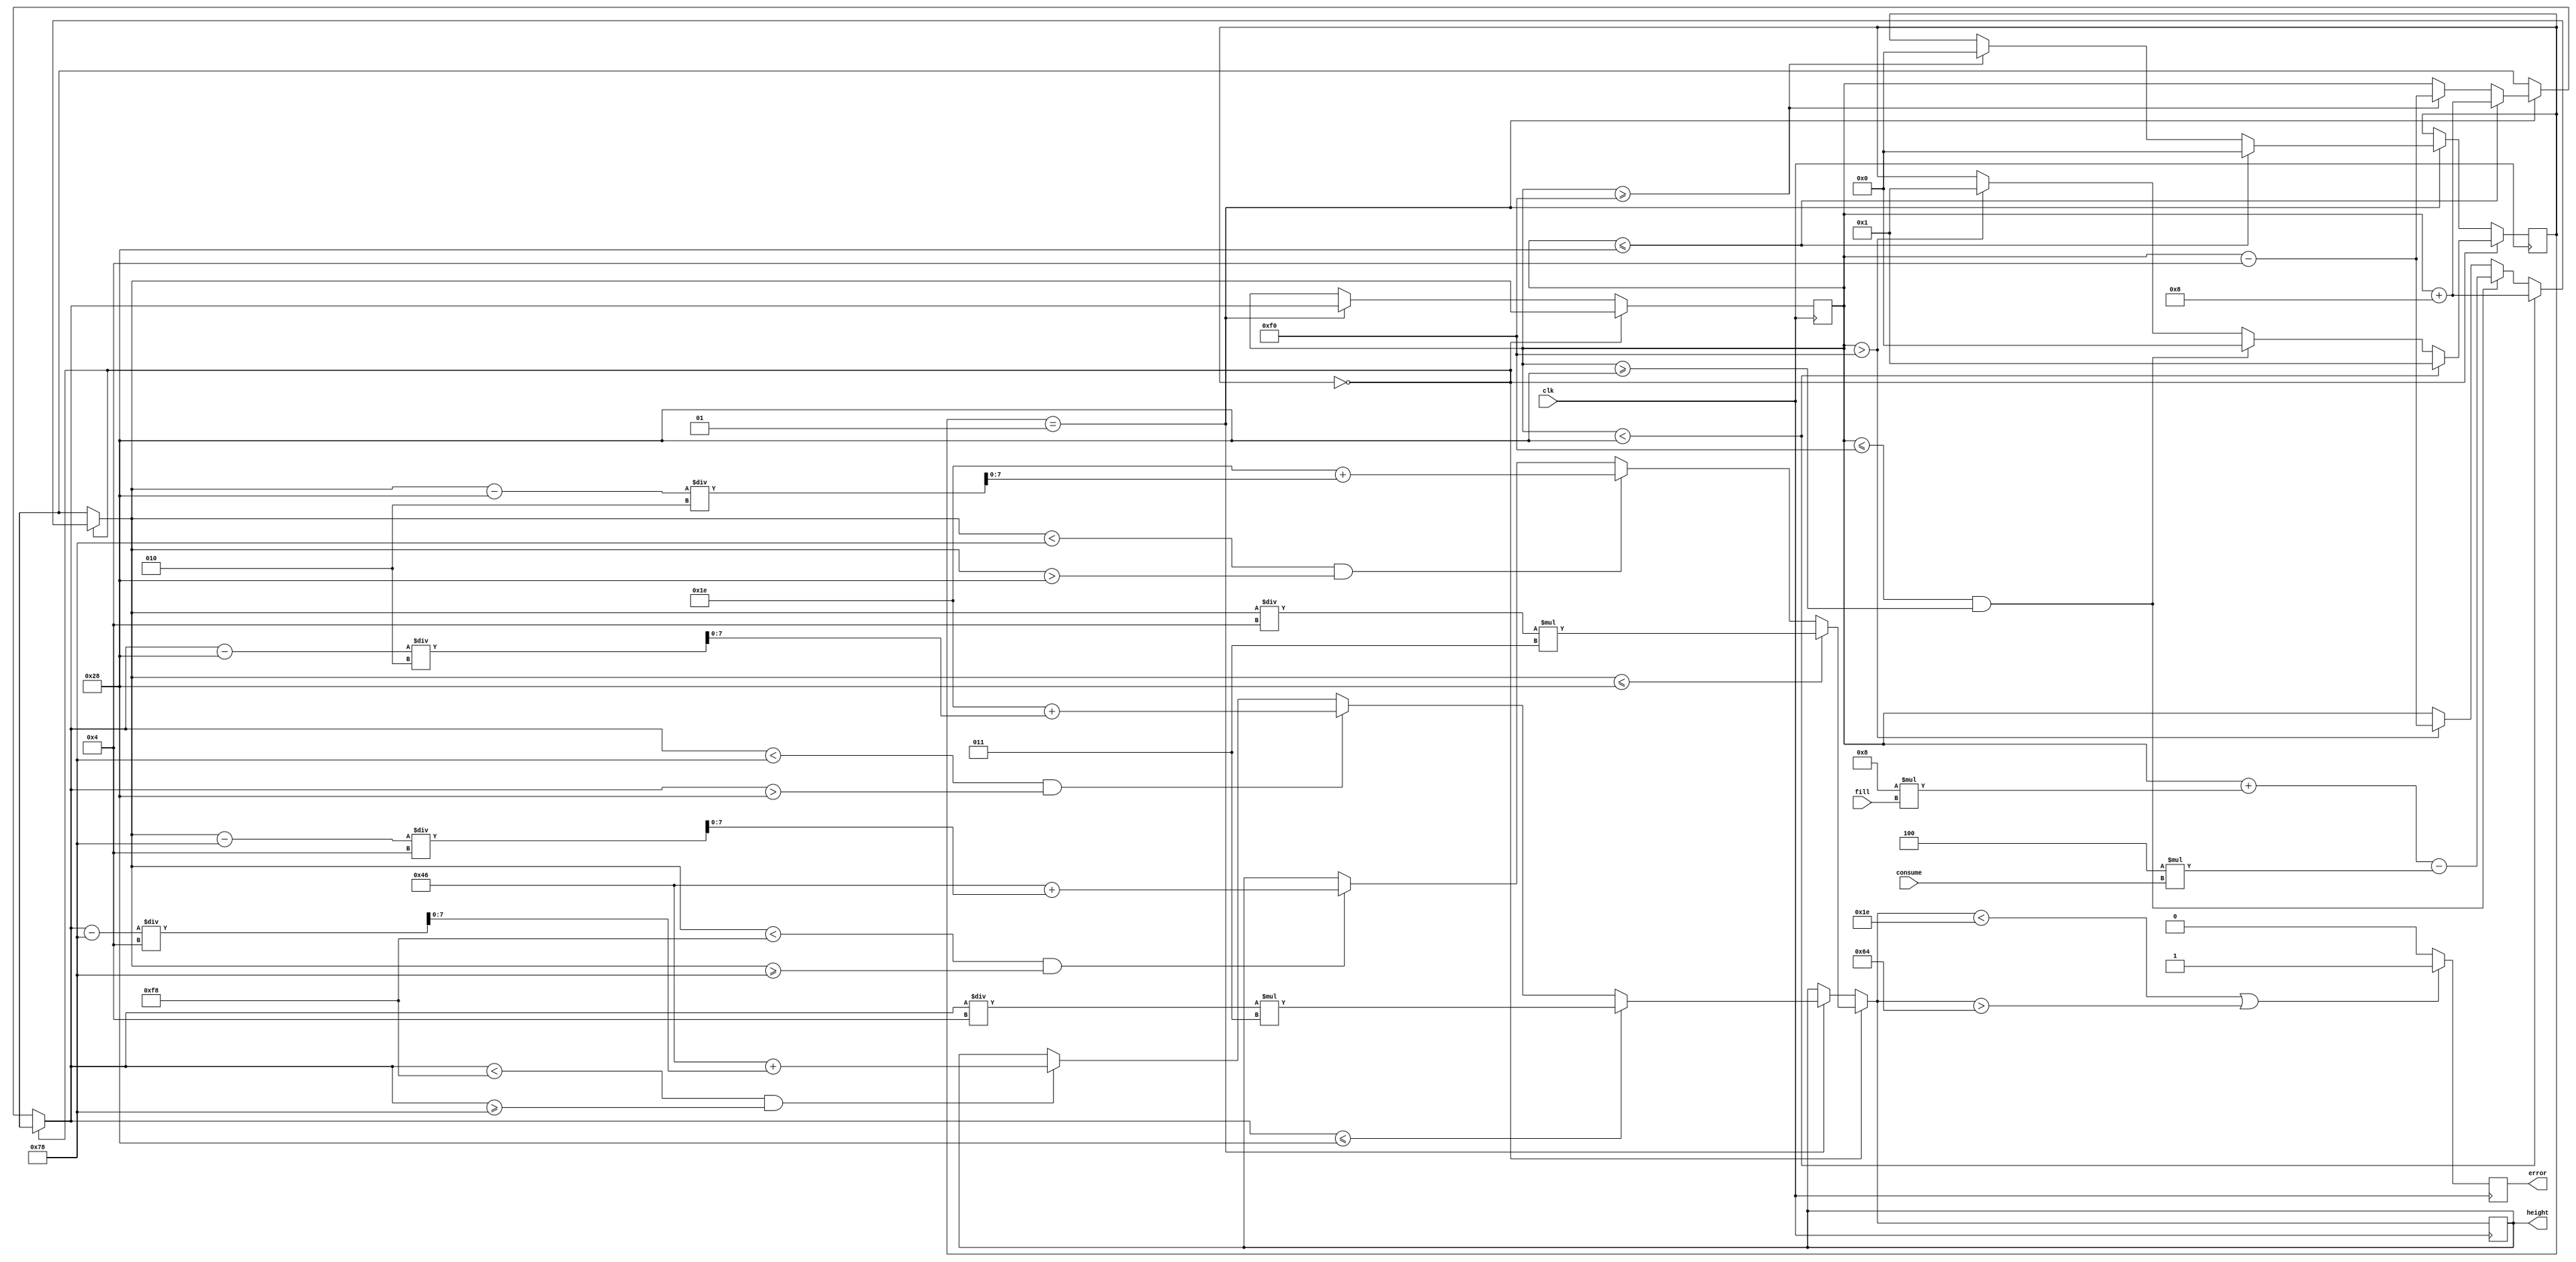
module design3(clk, fill, consume, error, height);
input clk, fill, consume ;
output reg error;
output reg [7:0] height;
integer amount=0, only_activate=0;

initial begin
error=1;
height=3'd000;
end

always @(posedge clk)begin

if(only_activate==0)begin

  if(amount<40)begin
  error=1;
  only_activate=1;
  amount = amount + 8;
  end
  
  else if(amount<=240 && amount>=40)begin
  error = 0;
  amount = amount + 8*fill - 4*consume; 
  only_activate = 0;
  end
 
  else if(amount>240)begin
  error = 1;
  amount = amount - 4; 
  only_activate = 1;
  end
  
  if(amount<=40) begin
  height = (amount/4)*3;
  end
  else if(amount<120 && amount>40) begin
  height = 30 + ((amount-40)/2);
  end
  else if(amount<248 && amount>=120)begin
  height = 30 + 40 + ((amount-120)/4);
   end
  end
  
else if(only_activate==1)begin
  
  if(amount<=40)begin
    if(amount>=40)begin
    error=0;
    end
  amount = amount + 8; 
  only_activate = 0;
  end
  
  else if(amount>=240)begin
    if(amount<=240)begin
    error=0;
    end
  amount = amount - 4; 
  only_activate = 0;
  end
  
  
  if(amount<=40) begin
  height = (amount/4)*3;
  end
  else if(amount<120 && amount>40) begin
  height = 30 + ((amount-40)/2);
  end
  else if(amount<248 && amount>=120)begin
  height = 30 + 40 + ((amount-120)/4);
   end
  
  end
 if(height<30||height>100)begin
  error=1;
  end
  else begin
  error=0;
  end
end

endmodule